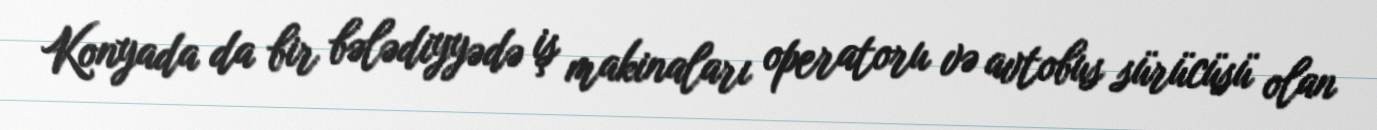
Konyada da bir bələdiyyədə iş makinaları operatoru və avtobus sürücüsü olan